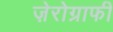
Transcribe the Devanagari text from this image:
ज़ेरोग्राफी